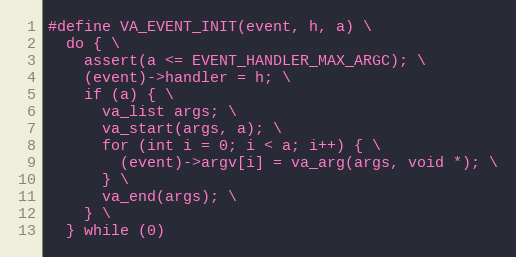
Language: C
#define VA_EVENT_INIT(event, h, a) \
  do { \
    assert(a <= EVENT_HANDLER_MAX_ARGC); \
    (event)->handler = h; \
    if (a) { \
      va_list args; \
      va_start(args, a); \
      for (int i = 0; i < a; i++) { \
        (event)->argv[i] = va_arg(args, void *); \
      } \
      va_end(args); \
    } \
  } while (0)